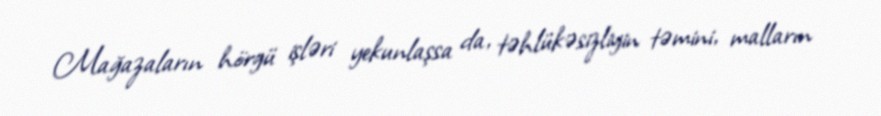
Mağazaların hörgü işləri yekunlaşsa da, təhlükəsizliyin təmini, malların